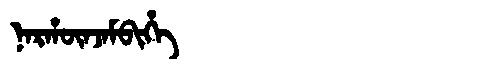
Manchu: ᠨᠠᡵᡥᡡᠨᠵᠠᠮᠪᡳᡥᡝ
Romanization: NARHŪNJAMBIHE